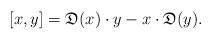
LaTeX: \begin{align*} [ x , y ]= \mathfrak{D}(x)\cdot y-x\cdot \mathfrak{D}(y). \end{align*}